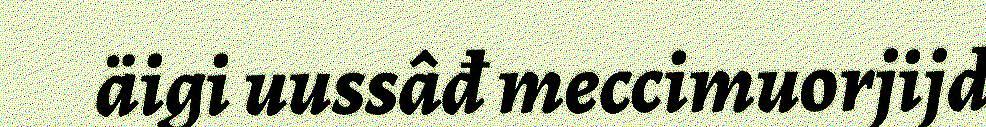
äigi uussâđ meccimuorjijd